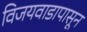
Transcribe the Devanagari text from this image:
विजयवाडापासून